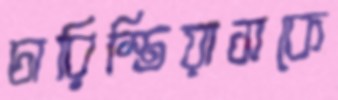
চারিস্তিয়াসকে